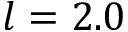
l = 2 . 0